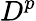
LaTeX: D^{p}